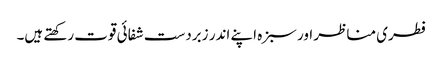
فطری مناظر اور سبزہ اپنے اندر زبردست شفائی قوت رکھتے ہیں۔